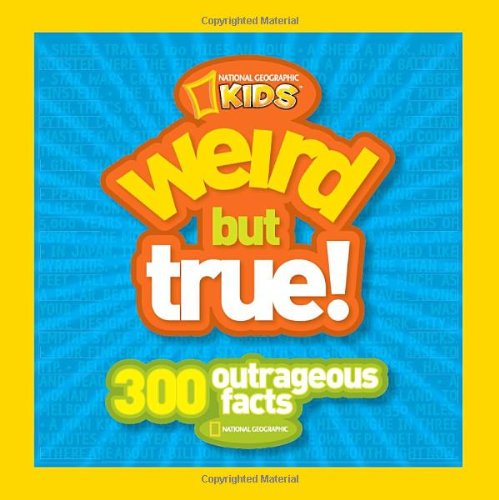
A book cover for Weird But True: 300 Outrageous Facts; National Geographic Kids; Children's Books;